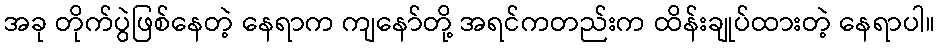
အခု တိုက်ပွဲဖြစ်နေတဲ့ နေရာက ကျနော်တို့ အရင်ကတည်းက ထိန်းချုပ်ထားတဲ့ နေရာပါ။